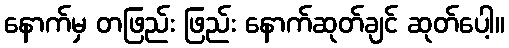
နောက်မှ တဖြည်း ဖြည်း နောက်ဆုတ်ချင် ဆုတ်ပေါ့။